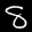
Label: 8